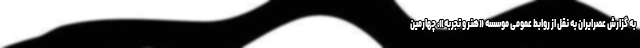
به گزارش عصرایران به نقل از روابط عمومی موسسه «هنر و تجربه»، چهارمین